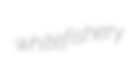
whitefishery